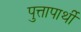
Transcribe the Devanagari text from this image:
पुत्तापार्थी